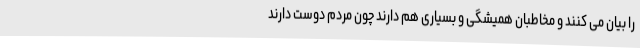
را بیان می کنند و مخاطبان همیشگی و بسیاری هم دارند چون مردم دوست دارند